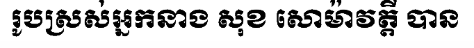
រូបស្រស់អ្នកនាង សុខ សោម៉ាវត្តី បាន